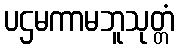
ပဌမကာမဘူသုတ္တံ